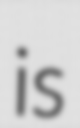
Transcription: is